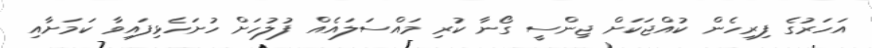
އަހަރުގެ ފިރިހެން ކުއްޖަކަށް ޖިންސީ ގޯނާ ކުރި މައްސަލައެއް ފުލުހަށް ހުށަހެޅިފައިވާ ކަމަށާއި